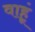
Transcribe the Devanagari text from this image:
वाहूं